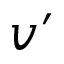
v ^ { \prime }